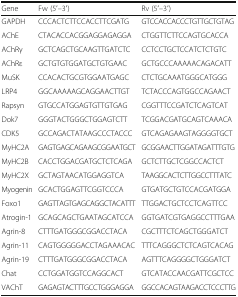
<table><thead><tr><td><b>Gene</b></td><td><b>Fw (5′–3′)</b></td><td><b>Rv (5′–3′)</b></td></tr></thead><tbody><tr><td>GAPDH</td><td>CCCACTCTTCCACCTTCGATG</td><td>GTCCACCACCCTGTTGCTGTAG</td></tr><tr><td>AChE</td><td>CTACACCACGGAGGAGAGGA</td><td>CTGGTTCTTCCAGTGCACCA</td></tr><tr><td>AChRγ</td><td>GCTCAGCTGCAAGTTGATCTC</td><td>CCTCCTGCTCCATCTCTGTC</td></tr><tr><td>AChRε</td><td>GCTGTGTGGATGCTGTGAAC</td><td>GCTGCCCAAAAACAGACATT</td></tr><tr><td>MuSK</td><td>CCACACTGCGTGGAATGAGC</td><td>CTCTGCAAATGGGCATGGG</td></tr><tr><td>LRP4</td><td>GGCAAAAAGCAGGAACTTGT</td><td>TCTACCCAGTGGCCAGAACT</td></tr><tr><td>Rapsyn</td><td>GTGCCATGGAGTGTTGTGAG</td><td>CGGTTTCCGATCTCAGTCAT</td></tr><tr><td>Dok7</td><td>GGGTACTGGGCTGGAGTCTT</td><td>TCGGACGATGCAGTCAAACA</td></tr><tr><td>CDK5</td><td>GCCAGACTATAAGCCCTACCC</td><td>GTCAGAGAAGTAGGGGTGCT</td></tr><tr><td>MyHC2A</td><td>GAGTGAGCAGAAGCGGAATGCT</td><td>GCGGAACTTGGATAGATTTGTG</td></tr><tr><td>MyHC2B</td><td>CACCTGGACGATGCTCTCAGA</td><td>GCTCTTGCTCGGCCACTCT</td></tr><tr><td>MyHC2X</td><td>GCTAGTAACATGGAGGTCA</td><td>TAAGGCACTCTTGGCCTTTATC</td></tr><tr><td>Myogenin</td><td>GCACTGGAGTTCGGTCCCA</td><td>GTGATGCTGTCCACGATGGA</td></tr><tr><td>Foxo1</td><td>GAGTTAGTGAGCAGGCTACATTT</td><td>TTGGACTGCTCCTCAGTTCC</td></tr><tr><td>Atrogin-1</td><td>GCAGCAGCTGAATAGCATCCA</td><td>GGTGATCGTGAGGCCTTTGAA</td></tr><tr><td>Agrin-8</td><td>CTTTGATGGGCGGACCTACA</td><td>CGCTTTCTCAGCTGGGATCT</td></tr><tr><td>Agrin-11</td><td>CAGTGGGGGACCTAGAAACAC</td><td>TTTCAGGGCTCTCAGTCACAG</td></tr><tr><td>Agrin-19</td><td>CTTTGATGGGCGGACCTACA</td><td>AGTTTCAGGGGCTGGGATCT</td></tr><tr><td>Chat</td><td>CCTGGATGGTCCAGGCACT</td><td>GTCATACCAACGATTCGCTCC</td></tr><tr><td>VAChT</td><td>GAGAGTACTTTGCCTGGGAGGA</td><td>GGCCACAGTAAGACCTCCCTTG</td></tr></tbody></table>